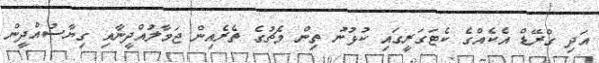
އަދި ގްރޭޑް އެކެއްގެ ކެޓަގަރީގައި ކުޅުނު ތިން މެޗުގެ ތެރެއިން ޖަމާލުއްދީނާއި ގިޔާސުއްދީން